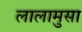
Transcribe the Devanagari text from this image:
लालामुसा